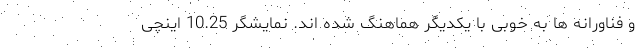
و فناورانه ها به خوبی با یکدیگر هماهنگ شده اند. نمایشگر 10.25 اینچی